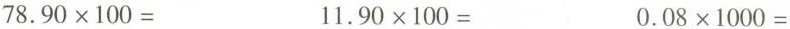
$$7 8 . 9 0 \times 1 0 0 =$$ $$1 1 . 9 0 \times 1 0 0 =$$ $$0 . 0